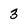
Character: 3